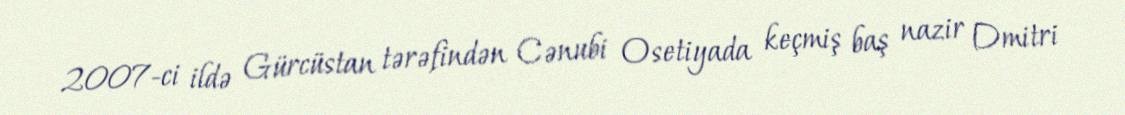
2007-ci ildə Gürcüstan tərəfindən Cənubi Osetiyada keçmiş baş nazir Dmitri